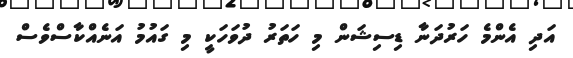
އަދި އެންމެ ހަރުދަނާ ޑިސިޝަން މި ހަތަރު ދުވަހަކީ މި ގައުމު އަނެއްކާސްވެސް